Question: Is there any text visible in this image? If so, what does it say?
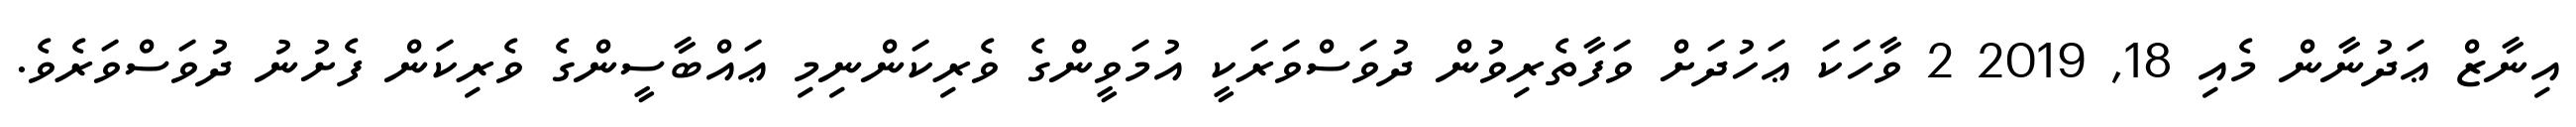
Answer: އިނާޒް ޢަދުނާން މެއި 18, 2019 2 ވާހަކަ ޢަހުދަށް ވަފާތެރިވުން ދުވަސްވަރަކީ އުމަވީންގެ ވެރިކަންނިމި ޢައްބާސީންގެ ވެރިކަން ފެށުނު ދުވަސްވަރެވެ.